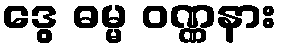
ဒွေ ဓမ္မ ဝဏ္ဏနား